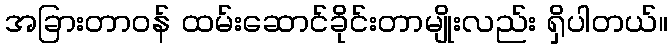
အခြားတာဝန် ထမ်းဆောင်ခိုင်းတာမျိုးလည်း ရှိပါတယ်။